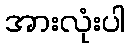
အားလုံးပါ